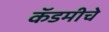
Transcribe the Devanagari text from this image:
कॅडमीचे